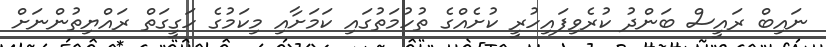
ނައިބް ރައީސް ބަންދު ކުރެވިފައިހުރީ ކުށެއްގެ ތުހުމަތުގައި ކަމަށާއި މިކަމުގެ ހަގީގަތް ރައްޔިތުންނަށް